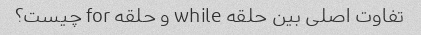
تفاوت اصلی بین حلقه while و حلقه for چیست؟